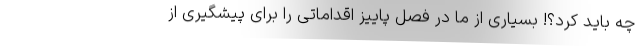
چه باید کرد؟! بسیاری از ما در فصل پاییز اقداماتی را برای پیشگیری از